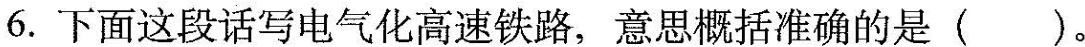
6.下面这段话写电气化高速铁路，意思概括准确的是()。